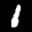
Label: 1